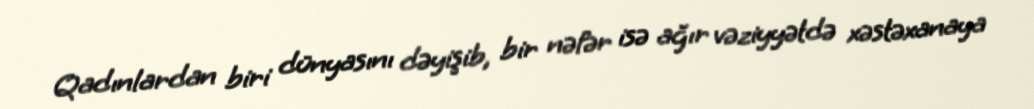
Qadınlardan biri dünyasını dəyişib, bir nəfər isə ağır vəziyyətdə xəstəxanaya